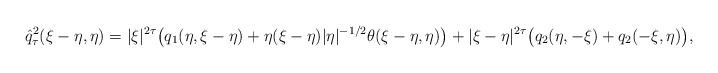
LaTeX: \begin{align*}\hat{q}_\tau^2(\xi-\eta,\eta)= |\xi|^{2\tau}\big(q_1(\eta, \xi-\eta)+\eta(\xi-\eta)|\eta|^{-1/2}\theta(\xi-\eta, \eta)\big) + |\xi-\eta|^{2\tau} \big(q_2(\eta, -\xi) + q_2(-\xi,\eta) \big),\end{align*}